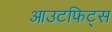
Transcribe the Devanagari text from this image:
आउटफिट्स